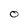
Character: O